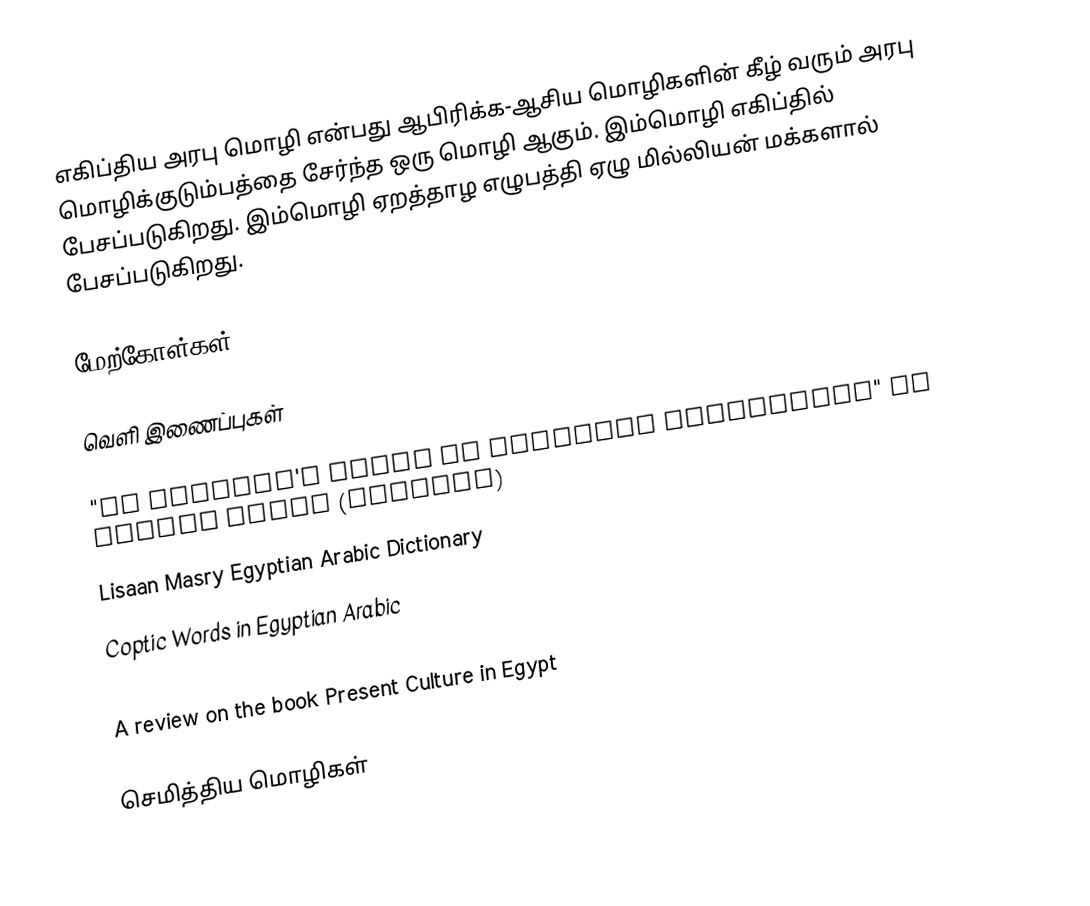
எகிப்திய அரபு மொழி என்பது ஆபிரிக்க-ஆசிய மொழிகளின் கீழ் வரும் அரபு மொழிக்குடும்பத்தை சேர்ந்த ஒரு மொழி ஆகும். இம்மொழி எகிப்தில் பேசப்படுகிறது. இம்மொழி ஏறத்தாழ எழுபத்தி ஏழு மில்லியன் மக்களால் பேசப்படுகிறது.

மேற்கோள்கள்

வெளி இணைப்புகள்

 "An Arabist's Guide to Egyptian Colloquial" by Daniel Pipes (Archive)
 Lisaan Masry Egyptian Arabic Dictionary
 Coptic Words in Egyptian Arabic
 Description of Egyptian Arabic from UCLA's Language Materials Project
 A review on the book Present Culture in Egypt

செமித்திய மொழிகள்